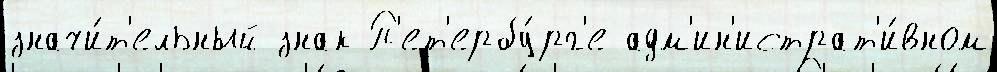
значи́т'ельный знак П'ет'ербу́рг'е адм'ин'истрат'и́вном